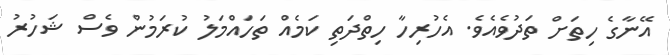
އޭނާގެ ހިތަށް ތަދުވެއެވެ. އެހުރިހާ ހިތްދަތި ކަމެއް ތަހައްމަލު ކުރަމުން ވެސް ޝަހުރު